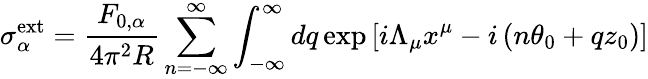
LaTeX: \sigma_{\alpha}^{\mathrm{ext}}=\frac{F_{0,\alpha}}{4\pi^{2}R}\sum_{n=-\infty}^{\infty}\int_{-\infty}^{\infty}dq\exp\left[i\Lambda_{\mu}x^{\mu}-i\left(n\theta_{0}+qz_{0}\right)\right]